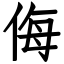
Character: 侮